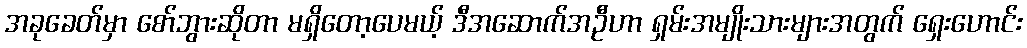
အခုခေတ်မှာ စော်ဘွားဆိုတာ မရှိတော့ပေမယ့် ဒီအဆောက်အဦဟာ ရှမ်းအမျိုးသားများအတွက် ရှေးဟောင်း